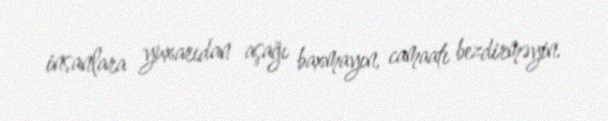
insanlara yuxarıdan aşağı baxmayın, camaatı bezdirməyin.